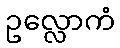
ဥလ္လောကံ